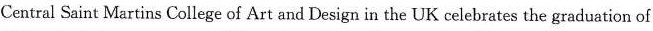
Central Saint Martins College of Art and Design in the UK celebrates the graduation of